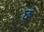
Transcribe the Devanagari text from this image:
छं